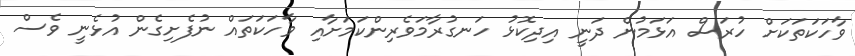
ވާހަކަތަކަށް ހުރަސް އަޅަމުން ދަނީ އިދިކޮޅު ހަނގުރާމަވެރިންކަމަށާއި ވާހަކަތައް ނުފެށިގެން އުޅެނީ ވެސް